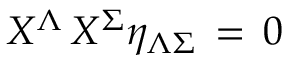
X ^ { \Lambda } \, X ^ { \Sigma } \eta _ { \Lambda \Sigma } \, = \, 0